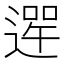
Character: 𨕣